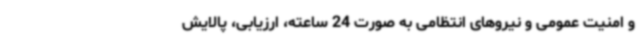
و امنیت عمومی و نیروهای انتظامی به‌ صورت 24 ساعته، ارزیابی، پالایش